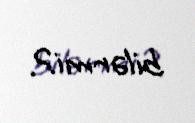
bilərmi?.